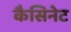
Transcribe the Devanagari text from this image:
कैसिनेट